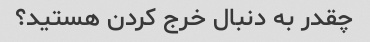
چقدر به دنبال خرج کردن هستید؟